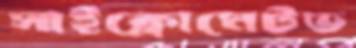
সাইক্লোমেটভ